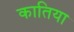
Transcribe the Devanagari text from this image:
कातिया